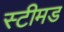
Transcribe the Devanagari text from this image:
स्टीमड